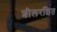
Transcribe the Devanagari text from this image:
शीलरक्षित